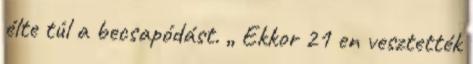
élte túl a becsapódást. „ Ekkor 21 en vesztették